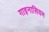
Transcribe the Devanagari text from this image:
गाइनासियम